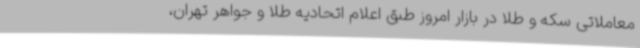
معاملاتی سکه و طلا در بازار امروز طبق اعلام اتحادیه طلا و جواهر تهران،